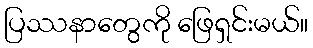
ပြဿနာတွေကို ဖြေရှင်းမယ်။